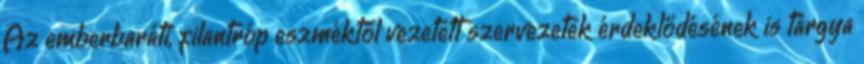
Az emberbaráti, filantróp eszméktől vezetett szervezetek érdeklődésének is tárgya